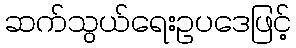
ဆက်သွယ်ရေးဥပဒေဖြင့်